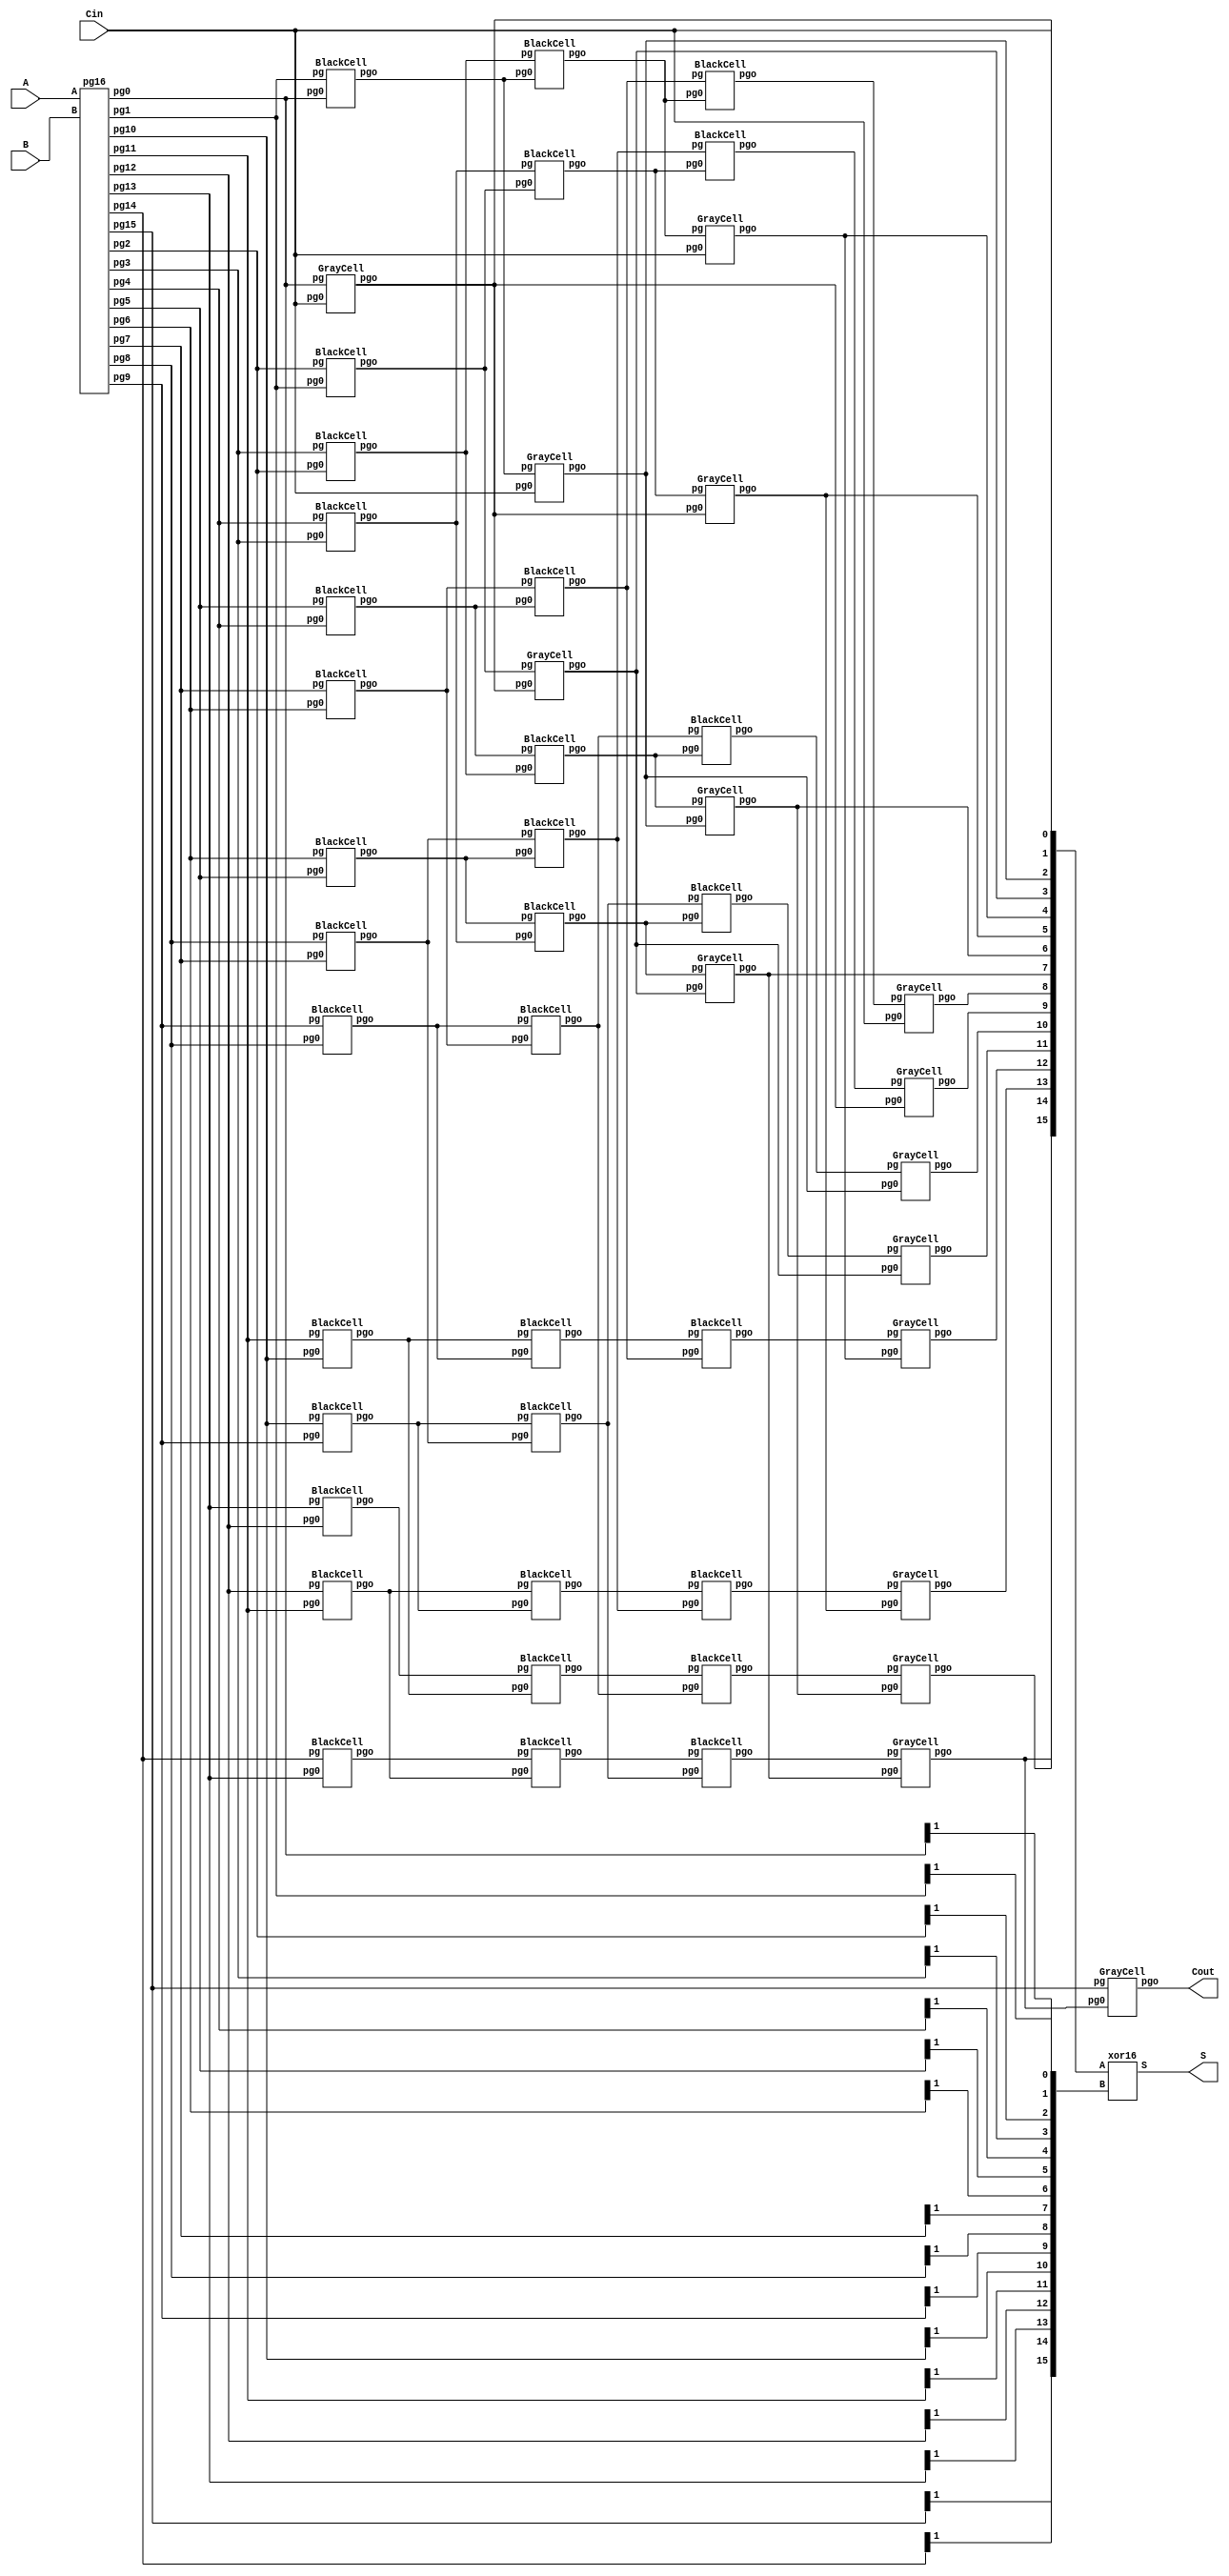
// Code your design here
// Code your design here
module kogge(input [15:0] A, input [15:0] B, input Cin, output[15:0] S, output Cout);

  wire [1:0] r1c16, r1c15, r1c14, r1c13, r1c12, r1c11, r1c10, r1c9;
  wire [1:0] r1c8, r1c7, r1c6, r1c5, r1c4, r1c3, r1c2, r1c1;
    
  pg16 pg16_1(.A(A), .B(B), .pg15(r1c16),.pg14(r1c15),.pg13(r1c14),
        .pg12(r1c13),.pg11(r1c12),.pg10(r1c11),.pg9(r1c10),.pg8(r1c9),
        .pg7(r1c8),.pg6(r1c7),.pg5(r1c6),.pg4(r1c5),.pg3(r1c4),
        .pg2(r1c3),.pg1(r1c2),.pg0(r1c1));


/* FIRST ROW */
    wire r2c1;  
    wire [1:0]  r2c2, r2c3,  r2c4,  r2c5,  r2c6,  r2c7,  r2c8,  r2c9,  r2c10,  r2c11,  r2c12,  r2c13,  r2c14,  r2c15;
    GrayCell blockr1c1(.pg(r1c1), .pg0(Cin), .pgo(r2c1));

    BlackCell blockr1c2(.pg(r1c2), .pg0(r1c1), .pgo(r2c2));
    BlackCell blockr1c3(.pg(r1c3), .pg0(r1c2), .pgo(r2c3));
    BlackCell blockr1c4(.pg(r1c4), .pg0(r1c3), .pgo(r2c4));
    BlackCell blockr1c5(.pg(r1c5), .pg0(r1c4), .pgo(r2c5));
    BlackCell blockr1c6(.pg(r1c6), .pg0(r1c5), .pgo(r2c6));
    BlackCell blockr1c7(.pg(r1c7), .pg0(r1c6), .pgo(r2c7));
    BlackCell blockr1c8(.pg(r1c8), .pg0(r1c7), .pgo(r2c8));
    BlackCell blockr1c9(.pg(r1c9), .pg0(r1c8), .pgo(r2c9));
    BlackCell blockr1c10(.pg(r1c10), .pg0(r1c9), .pgo(r2c10));
    BlackCell blockr1c11(.pg(r1c11), .pg0(r1c10), .pgo(r2c11));
    BlackCell blockr1c12(.pg(r1c12), .pg0(r1c11), .pgo(r2c12));
    BlackCell blockr1c13(.pg(r1c13), .pg0(r1c12), .pgo(r2c13));
    BlackCell blockr1c14(.pg(r1c14), .pg0(r1c13), .pgo(r2c14));
    BlackCell blockr1c15(.pg(r1c15), .pg0(r1c14), .pgo(r2c15));

/* SECOND ROW */
    wire r3c2, r3c3;
    wire [1:0] r3c4, r3c5, r3c6, r3c7, r3c8, r3c9, r3c10, r3c11, r3c12, r3c13, r3c14, r3c15;
    GrayCell blockr2c2(.pg(r2c2), .pg0(Cin), .pgo(r3c2));
    GrayCell blockr2c3(.pg(r2c3), .pg0(r2c1), .pgo(r3c3));

    BlackCell blockr2c4(.pg(r2c4), .pg0(r2c2), .pgo(r3c4));
    BlackCell blockr2c5(.pg(r2c5), .pg0(r2c3), .pgo(r3c5));
    BlackCell blockr2c6(.pg(r2c6), .pg0(r2c4), .pgo(r3c6));
    BlackCell blockr2c7(.pg(r2c7), .pg0(r2c5), .pgo(r3c7));
    BlackCell blockr2c8(.pg(r2c8), .pg0(r2c6), .pgo(r3c8));
    BlackCell blockr2c9(.pg(r2c9), .pg0(r2c7), .pgo(r3c9));
    BlackCell blockr2c10(.pg(r2c10), .pg0(r2c8), .pgo(r3c10));
    BlackCell blockr2c11(.pg(r2c11), .pg0(r2c9), .pgo(r3c11));
    BlackCell blockr2c12(.pg(r2c12), .pg0(r2c10), .pgo(r3c12));
    BlackCell blockr2c13(.pg(r2c13), .pg0(r2c11), .pgo(r3c13));
    BlackCell blockr2c14(.pg(r2c14), .pg0(r2c12), .pgo(r3c14));
    BlackCell blockr2c15(.pg(r2c15), .pg0(r2c13), .pgo(r3c15));


/* THIRD ROW */
    wire r4c4;
    wire r4c5;
    wire r4c6;
    wire r4c7;

    wire  [1:0] r4c8, r4c9, r4c10, r4c11, r4c12,  r4c13, r4c14, r4c15;

    GrayCell blockr3c4(.pg(r3c4), .pg0(Cin), .pgo(r4c4));
    GrayCell blockr3c5(.pg(r3c5), .pg0(r2c1), .pgo(r4c5));
    GrayCell blockr3c6(.pg(r3c6), .pg0(r3c2), .pgo(r4c6));
    GrayCell blockr3c7(.pg(r3c7), .pg0(r3c3), .pgo(r4c7));

    BlackCell blockr3c8(.pg(r3c8), .pg0(r3c4), .pgo(r4c8));
    BlackCell blockr3c9(.pg(r3c9), .pg0(r3c5), .pgo(r4c9));
    BlackCell blockr3c10(.pg(r3c10), .pg0(r3c6), .pgo(r4c10));
    BlackCell blockr3c11(.pg(r3c11), .pg0(r3c7), .pgo(r4c11));
    BlackCell blockr3c12(.pg(r3c12), .pg0(r3c8), .pgo(r4c12));
    BlackCell blockr3c13(.pg(r3c13), .pg0(r3c9), .pgo(r4c13));
    BlackCell blockr3c14(.pg(r3c14), .pg0(r3c10), .pgo(r4c14));
    BlackCell blockr3c15(.pg(r3c15), .pg0(r3c11), .pgo(r4c15));


/* FOURTH ROW */
    wire r5c8;
    wire r5c9;
    wire r5c10;
    wire r5c11;
    wire r5c12;
    wire r5c13;
    wire r5c14;
    wire r5c15;

    GrayCell blockr4c8(.pg(r4c8), .pg0(Cin), .pgo(r5c8));
    GrayCell blockr4c9(.pg(r4c9), .pg0(r2c1), .pgo(r5c9));

    GrayCell blockr4c10(.pg(r4c10), .pg0(r3c2), .pgo(r5c10));
    GrayCell blockr4c11(.pg(r4c11), .pg0(r3c3), .pgo(r5c11));
    GrayCell blockr4c12(.pg(r4c12), .pg0(r4c4), .pgo(r5c12));
    GrayCell blockr4c13(.pg(r4c13), .pg0(r4c5), .pgo(r5c13));
    GrayCell blockr4c14(.pg(r4c14), .pg0(r4c6), .pgo(r5c14));
    GrayCell blockr4c15(.pg(r4c15), .pg0(r4c7), .pgo(r5c15));


/* finally */

    xor16 xor16_1(.A({r5c15, r5c14, r5c13, r5c12, r5c11, r5c10, r5c9, r5c8, r4c7, r4c6, r4c5, r4c4, r3c3, r3c2, r2c1, Cin}),
                  .B({r1c16[1],r1c15[1],r1c14[1], r1c13[1],r1c12[1],r1c11[1],r1c10[1],r1c9[1],r1c8[1],r1c7[1],r1c6[1], r1c5[1],r1c4[1],r1c3[1],r1c2[1],r1c1[1]}),
                  .S(S));


    GrayCell genCout(.pg(r1c16), .pg0(r5c15), .pgo(Cout));
  
endmodule
module BlackCell(input [1:0] pg, pg0, output [1:0] pgo);
  
wire and1out;    
and and1(and1out, pg0[0], pg[1]);
or or1(pgo[0], and1out, pg[0]);
and and2(pgo[1], pg[1], pg0[1]);

endmodule

module GrayCell(input [1:0] pg, input pg0, output pgo);
  wire and_out;
  and and1(and_out, pg0, pg[1]);
  or or1(pgo, pg[0], and_out);
  
endmodule

module pg16 (A, B, pg15, pg14, pg13, pg12, pg11, pg10, pg9, pg8, pg7, pg6, pg5, pg4, pg3, pg2, pg1, pg0);
    input [15:0] A, B;
    output [1:0] pg15, pg14, pg13, pg12, pg11, pg10, pg9, pg8, pg7, pg6, pg5, pg4, pg3, pg2, pg1, pg0;
    
wire andout0, xorout0;
wire andout1, xorout1;
wire andout2, xorout2;
wire andout3, xorout3;
wire andout4, xorout4;
wire andout5, xorout5;
wire andout6, xorout6;
wire andout7, xorout7;
wire andout8, xorout8;
wire andout9, xorout9;
wire andout10, xorout10;
wire andout11, xorout11;
wire andout12, xorout12;
wire andout13, xorout13;
wire andout14, xorout14;
wire andout15, xorout15;

and and0(andout0, A[0], B[0]);
xor xor0(xorout0, A[0], B[0]);
and and1(andout1, A[1], B[1]);
xor xor1(xorout1, A[1], B[1]);
and and2(andout2, A[2], B[2]);
xor xor2(xorout2, A[2], B[2]);
and and3(andout3, A[3], B[3]);
xor xor3(xorout3, A[3], B[3]);
and and4(andout4, A[4], B[4]);
xor xor4(xorout4, A[4], B[4]);
and and5(andout5, A[5], B[5]);
xor xor5(xorout5, A[5], B[5]);
and and6(andout6, A[6], B[6]);
xor xor6(xorout6, A[6], B[6]);
and and7(andout7, A[7], B[7]);
xor xor7(xorout7, A[7], B[7]);
and and8(andout8, A[8], B[8]);
xor xor8(xorout8, A[8], B[8]);
and and9(andout9, A[9], B[9]);
xor xor9(xorout9, A[9], B[9]);
and and10(andout10, A[10], B[10]);
xor xor10(xorout10, A[10], B[10]);
and and11(andout11, A[11], B[11]);
xor xor11(xorout11, A[11], B[11]);
and and12(andout12, A[12], B[12]);
xor xor12(xorout12, A[12], B[12]);
and and13(andout13, A[13], B[13]);
xor xor13(xorout13, A[13], B[13]);
and and14(andout14, A[14], B[14]);
xor xor14(xorout14, A[14], B[14]);
and and15(andout15, A[15], B[15]);
xor xor15(xorout15, A[15], B[15]);

assign pg0 = {xorout0, andout0};
assign pg1 = {xorout1, andout1};
assign pg2 = {xorout2, andout2};
assign pg3 = {xorout3, andout3};
assign pg4 = {xorout4, andout4};
assign pg5 = {xorout5, andout5};
assign pg6 = {xorout6, andout6};
assign pg7 = {xorout7, andout7};
assign pg8 = {xorout8, andout8};
assign pg9 = {xorout9, andout9};
assign pg10 = {xorout10, andout10};
assign pg11 = {xorout11, andout11};
assign pg12 = {xorout12, andout12};
assign pg13 = {xorout13, andout13};
assign pg14 = {xorout14, andout14};
assign pg15 = {xorout15, andout15};

endmodule
module xor16 (input [15:0] A, B, output [15:0] S);
xor xor0(S[0] ,A[0], B[0]);
xor xor1(S[1] ,A[1], B[1]);
xor xor2(S[2] ,A[2], B[2]);
xor xor3(S[3] ,A[3], B[3]);
xor xor4(S[4] ,A[4], B[4]);
xor xor5(S[5] ,A[5], B[5]);
xor xor6(S[6] ,A[6], B[6]);
xor xor7(S[7] ,A[7], B[7]);
xor xor8(S[8] ,A[8], B[8]);
xor xor9(S[9] ,A[9], B[9]);
xor xor10(S[10] ,A[10], B[10]);
xor xor11(S[11] ,A[11], B[11]);
xor xor12(S[12] ,A[12], B[12]);
xor xor13(S[13] ,A[13], B[13]);
xor xor14(S[14] ,A[14], B[14]);
xor xor15(S[15] ,A[15], B[15]);
endmodule